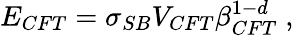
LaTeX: E_{CFT}=\sigma_{SB}V_{CFT}\beta_{CFT}^{1-d}\; ,